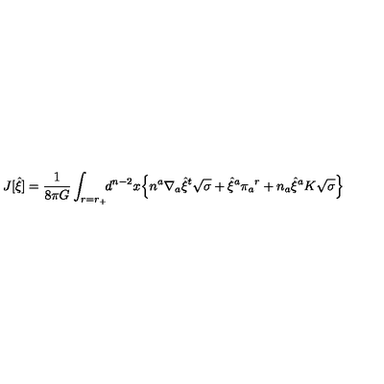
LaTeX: J [ { \hat { \xi } } ] = { \frac { 1 } { 8 \pi G } } \int _ { r = r _ { + } } \! \! d ^ { n - 2 } x \Bigl \{ n ^ { a } \nabla _ { a } { \hat { \xi } } ^ { t } \sqrt { \sigma } + { \hat { \xi } } ^ { a } \pi _ { a } { } ^ { r } + n _ { a } { \hat { \xi } } ^ { a } K \sqrt { \sigma } \Bigr \}